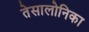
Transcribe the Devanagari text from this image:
तेसालोनिका